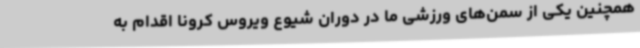
همچنین یکی از سمن‌های ورزشی ما در دوران شیوع ویروس کرونا اقدام به